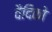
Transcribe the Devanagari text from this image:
वैदिको